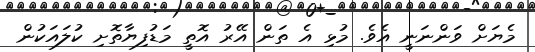
މެޔަށް ވަންނަނީ އެވެ. މުޅި އެ ތަން އޭރު އޮތީ މަޑުފިޔާތޮށި ކުލައަކުން